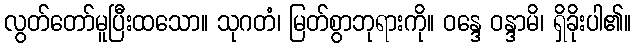
လွတ်တော်မူပြီးထသော။ သုဂတံ၊ မြတ်စွာဘုရားကို။ ဝန္ဒေ ဝန္ဒာမိ၊ ရှိခိုးပါ၏။